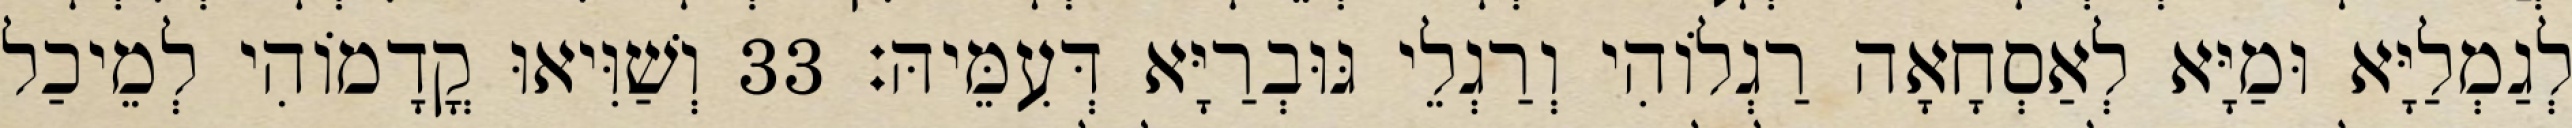
לְגַמְלַיָּא וּמַיָּא לְאַסְחָאָה רַגְלוֹהִי וְרַגְלֵי גּוּבְרַיָּא דְּעִמֵּיהּ׃ 33 וְשַׁוִּיאוּ קֳדָמוֹהִי לְמֵיכַל